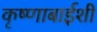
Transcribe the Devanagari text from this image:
कृष्णाबाईशी